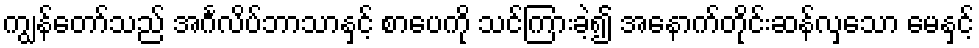
ကျွန်တော်သည် အင်္ဂလိပ်ဘာသာနှင့် စာပေကို သင်ကြားခဲ့၍ အနောက်တိုင်းဆန်လှသော မေနှင့်